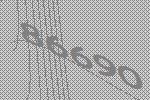
86690